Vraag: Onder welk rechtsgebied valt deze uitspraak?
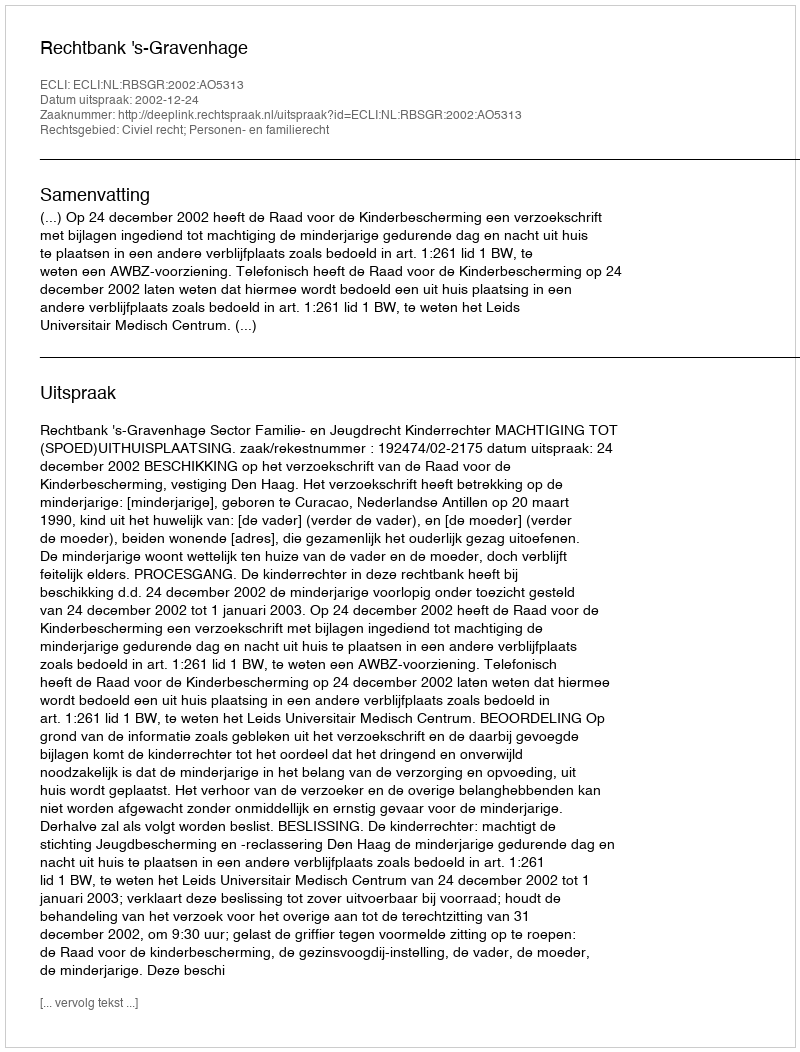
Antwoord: Civiel recht; Personen- en familierecht